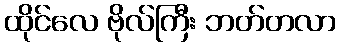
ထိုင်လေ ဗိုလ်ကြီး ဘတ်တလာ